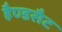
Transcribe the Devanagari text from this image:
हैण्डसैट